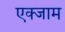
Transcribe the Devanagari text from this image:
एक्जाम